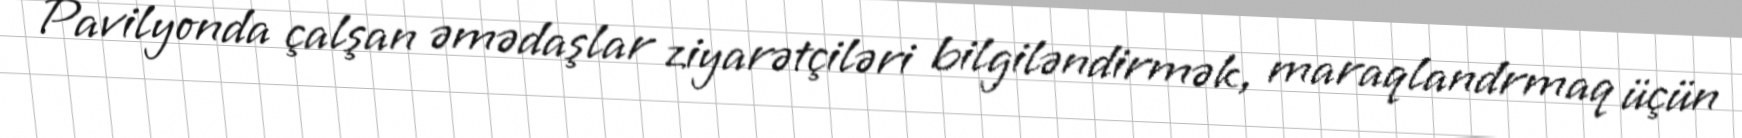
Pavilyonda çalşan əmədaşlar ziyarətçiləri bilgiləndirmək, maraqlandrmaq üçün